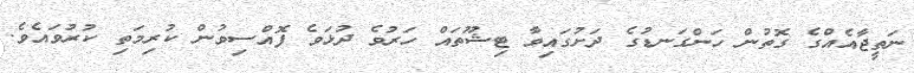
ނަތީޖާއެއްގެ ގޮތުން ހަންގަނޑުގެ ދަށުގައިވާ ޓިޝޫތައް ހަރުވެ ދުޅަވެ ފޮއްސިވުން ކުރިމަތި ކުރުވައެވެ.